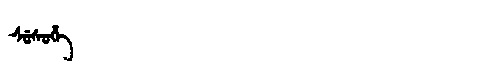
Manchu: ᠰᡠᠰᡠᡥᡝ
Romanization: SUSUHE